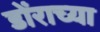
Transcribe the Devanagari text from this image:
डोंराच्या